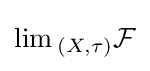
\lim {}_{(X,\tau )}{\mathcal {F}}